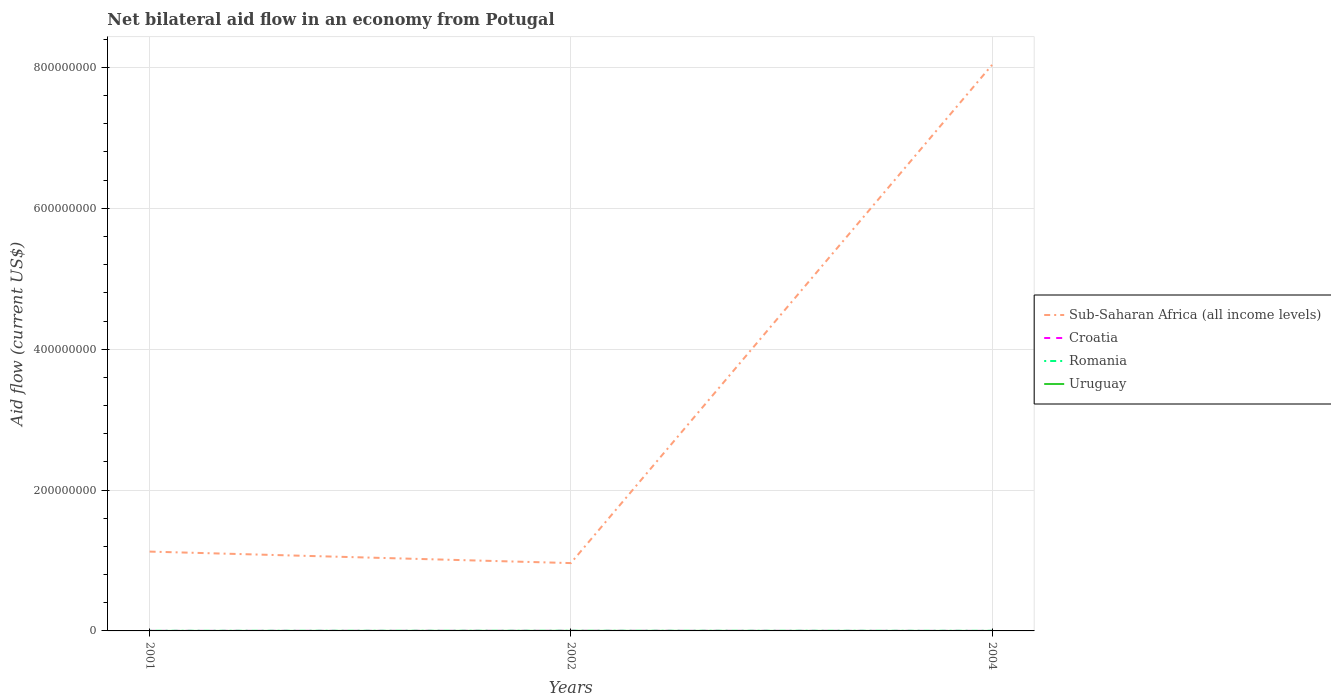
| Years | Sub-Saharan Africa (all income levels) | Croatia | Romania | Uruguay |
 | --- | --- | --- | --- | --- |
 | 2001 | 1.13e+08 | 4e+04 | 1.2e+05 | 1e+04 |
 | 2002 | 9.63e+07 | 1e+05 | 1e+05 | 8e+04 |
 | 2004 | 8.04e+08 | 1e+04 | 1e+05 | 1e+04 |